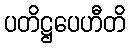
ပတိဋ္ဌပေဟီတိ